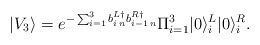
\begin{align*}|V_3\rangle=e^{-\sum_{i=1}^{3}b^{L\dag}_{i\,n}b^{R\dag}_{i-1\,n}}\Pi_{i=1}^{3}|0\rangle^L_i|0\rangle^R_i.\end{align*}